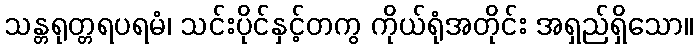
သန္တရုတ္တရပရမံ၊ သင်းပိုင်နှင့်တကွ ကိုယ်ရုံအတိုင်း အရှည်ရှိသော။